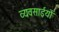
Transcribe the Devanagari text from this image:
व्यवसाईयों